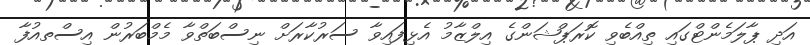
އަދި ޕާލަމެންޓްގައި ތިއްބެވި ކޮރަޕްޝަންގެ އިލްޒާމު އެޅިފައިވާ ސަރުކާރަށް ނިސްބަތްވާ މެމްބަރުން އިސްތއުފާ